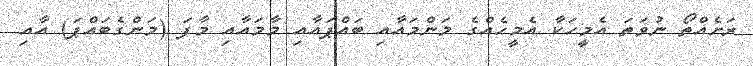
ރަށެއްތޯ ނުވަތަ އެމީހަކާ އެމީހެއްގެ މަންމައާއި ބައްޕައާއި މާމައާއި މާފަ (މަންގެބައްޕަ) އާއި